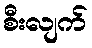
စီးလျက်